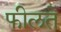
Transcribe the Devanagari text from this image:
फीलते